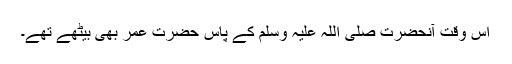
اس وقت آنحضرت صلی اللہ علیہ وسلم کے پاس حضرت عمرؓ بھی بیٹھے تھے۔